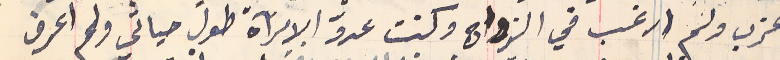
اعزب ولم ارغب في الزواج وكنت عدوّ الامرآة طول حيالي ولم اعرف